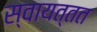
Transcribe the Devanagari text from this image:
स्वायत्तत